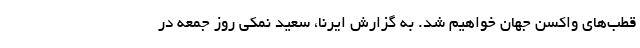
قطب‌های واکسن جهان خواهیم شد. به گزارش ایرنا، سعید نمکی روز جمعه در